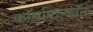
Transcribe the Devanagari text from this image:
कॉमफिल्कॉन